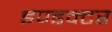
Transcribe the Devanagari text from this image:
इण्डक्टर